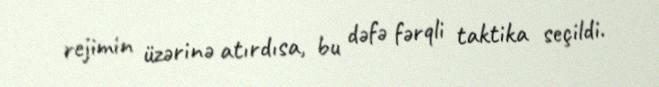
rejimin üzərinə atırdısa, bu dəfə fərqli taktika seçildi.